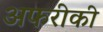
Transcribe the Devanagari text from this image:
अफरीकी